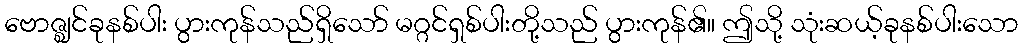
ဗောဇ္ဈင်ခုနစ်ပါး ပွားကုန်သည်ရှိသော် မဂ္ဂင်ရှစ်ပါးတို့သည် ပွားကုန်၏။ ဤသို့ သုံးဆယ့်ခုနစ်ပါးသော